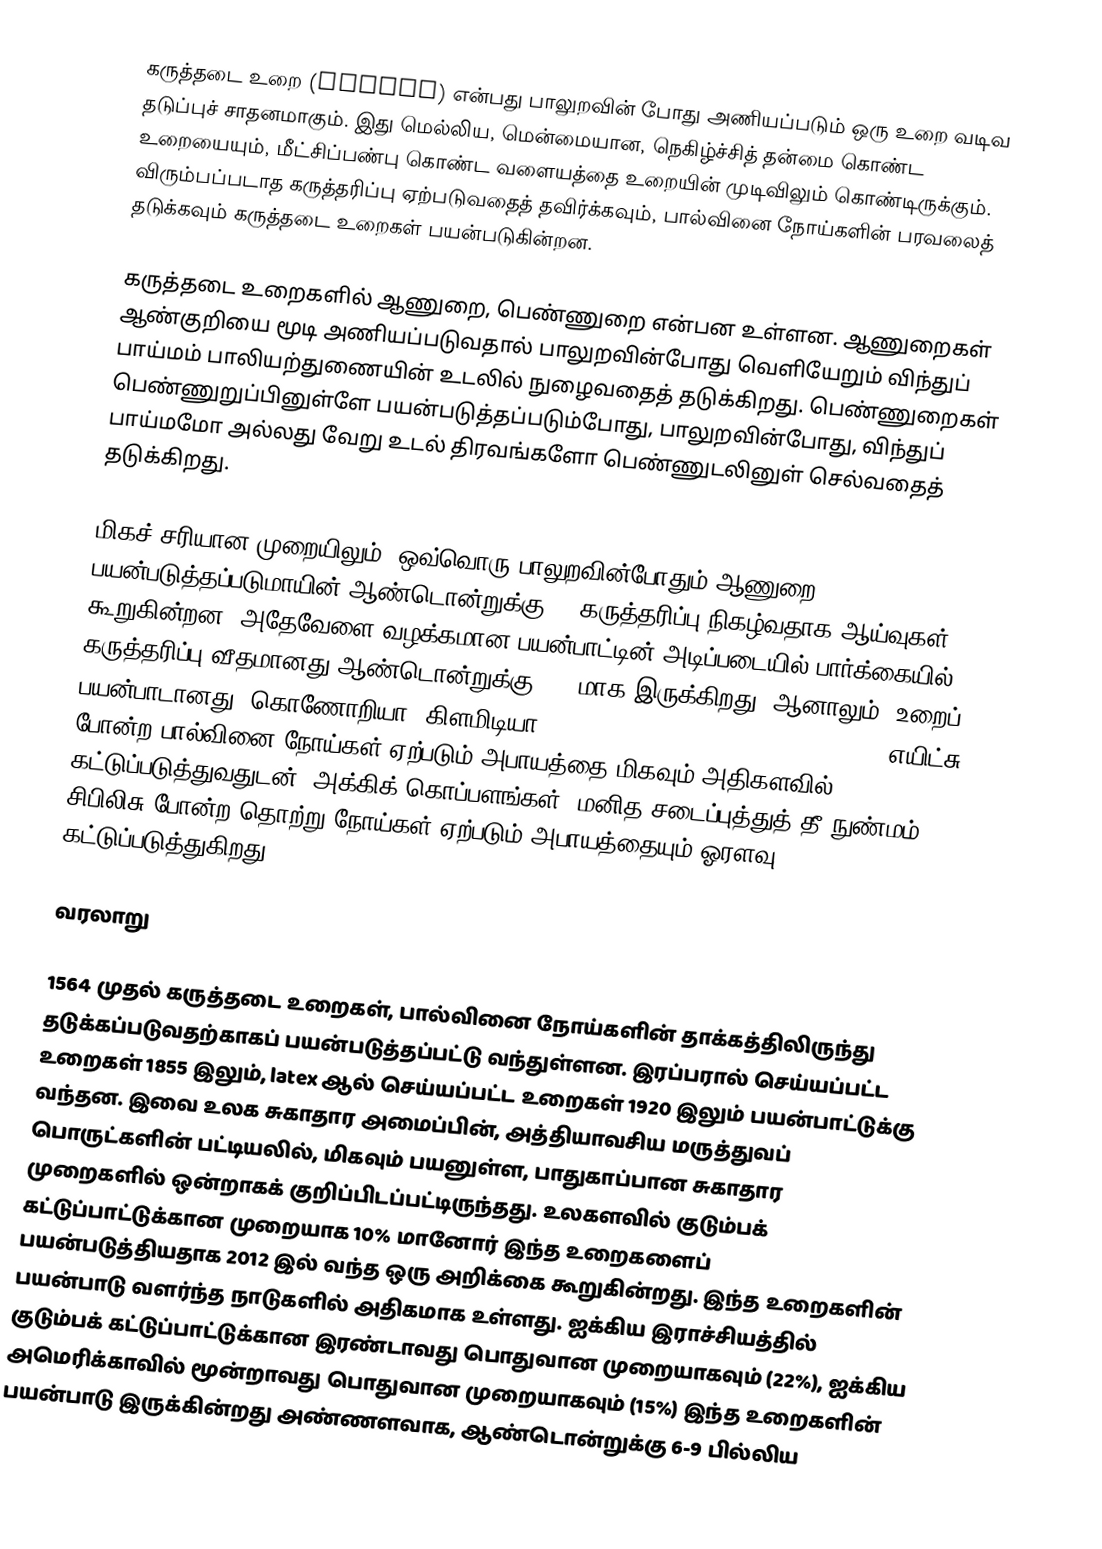
கருத்தடை உறை (Condom) என்பது பாலுறவின் போது அணியப்படும் ஒரு உறை வடிவ தடுப்புச் சாதனமாகும். இது மெல்லிய, மென்மையான, நெகிழ்ச்சித் தன்மை கொண்ட உறையையும், மீட்சிப்பண்பு கொண்ட வளையத்தை உறையின் முடிவிலும் கொண்டிருக்கும். விரும்பப்படாத கருத்தரிப்பு ஏற்படுவதைத் தவிர்க்கவும், பால்வினை நோய்களின் பரவலைத் தடுக்கவும் கருத்தடை உறைகள் பயன்படுகின்றன.

கருத்தடை உறைகளில் ஆணுறை, பெண்ணுறை என்பன உள்ளன. ஆணுறைகள் ஆண்குறியை மூடி அணியப்படுவதால் பாலுறவின்போது வெளியேறும் விந்துப் பாய்மம் பாலியற்துணையின் உடலில் நுழைவதைத் தடுக்கிறது. பெண்ணுறைகள் பெண்ணுறுப்பினுள்ளே பயன்படுத்தப்படும்போது, பாலுறவின்போது, விந்துப் பாய்மமோ அல்லது வேறு உடல் திரவங்களோ பெண்ணுடலினுள் செல்வதைத் தடுக்கிறது.

மிகச் சரியான முறையிலும், ஒவ்வொரு பாலுறவின்போதும் ஆணுறை பயன்படுத்தப்படுமாயின் ஆண்டொன்றுக்கு 2% கருத்தரிப்பு நிகழ்வதாக ஆய்வுகள் கூறுகின்றன. அதேவேளை வழக்கமான பயன்பாட்டின் அடிப்படையில் பார்க்கையில், கருத்தரிப்பு வீதமானது ஆண்டொன்றுக்கு 18% மாக இருக்கிறது. ஆனாலும், உறைப் பயன்பாடானது, கொணோறியா, கிளமிடியா, :en:trichomoniasis, :en:hepatitis B, எயிட்சு போன்ற பால்வினை நோய்கள் ஏற்படும் அபாயத்தை மிகவும் அதிகளவில் கட்டுப்படுத்துவதுடன், அக்கிக் கொப்பளங்கள், மனித சடைப்புத்துத் தீ நுண்மம், சிபிலிசு போன்ற தொற்று நோய்கள் ஏற்படும் அபாயத்தையும் ஓரளவு கட்டுப்படுத்துகிறது.

வரலாறு

1564 முதல் கருத்தடை உறைகள், பால்வினை நோய்களின் தாக்கத்திலிருந்து தடுக்கப்படுவதற்காகப் பயன்படுத்தப்பட்டு வந்துள்ளன. இரப்பரால் செய்யப்பட்ட உறைகள் 1855 இலும், latex ஆல் செய்யப்பட்ட உறைகள் 1920 இலும் பயன்பாட்டுக்கு வந்தன. இவை உலக சுகாதார அமைப்பின், அத்தியாவசிய மருத்துவப் பொருட்களின் பட்டியலில், மிகவும் பயனுள்ள, பாதுகாப்பான சுகாதார முறைகளில் ஒன்றாகக் குறிப்பிடப்பட்டிருந்தது. உலகளவில் குடும்பக் கட்டுப்பாட்டுக்கான முறையாக 10% மானோர் இந்த உறைகளைப் பயன்படுத்தியதாக 2012 இல் வந்த ஒரு அறிக்கை கூறுகின்றது. இந்த உறைகளின் பயன்பாடு வளர்ந்த நாடுகளில் அதிகமாக உள்ளது. ஐக்கிய இராச்சியத்தில் குடும்பக் கட்டுப்பாட்டுக்கான இரண்டாவது பொதுவான முறையாகவும் (22%), ஐக்கிய அமெரிக்காவில் மூன்றாவது பொதுவான முறையாகவும் (15%) இந்த உறைகளின் பயன்பாடு இருக்கின்றது அண்ணளவாக, ஆண்டொன்றுக்கு 6-9 பில்லிய